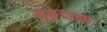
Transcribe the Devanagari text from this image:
मुकुंदाना